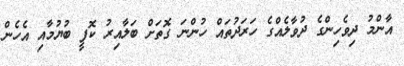
އާންމު ދިވެހިންގެ ދުވާލެއްގެ ހަރަދުތައް ހުންނަ ގޮތަށް ބަލާއިރު ކޮފީ ބުޔުމާއި އެހެން